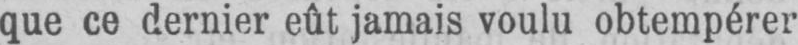
que ce dernier eût jamais voulu obtempérer